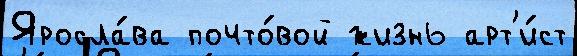
Яросла́ва почто́вой жизнь арт'и́ст